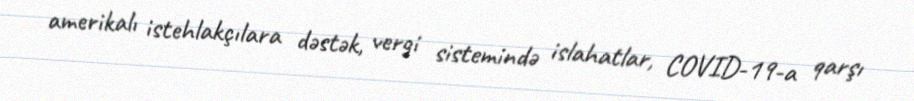
amerikalı istehlakçılara dəstək, vergi sistemində islahatlar, COVID-19-a qarşı